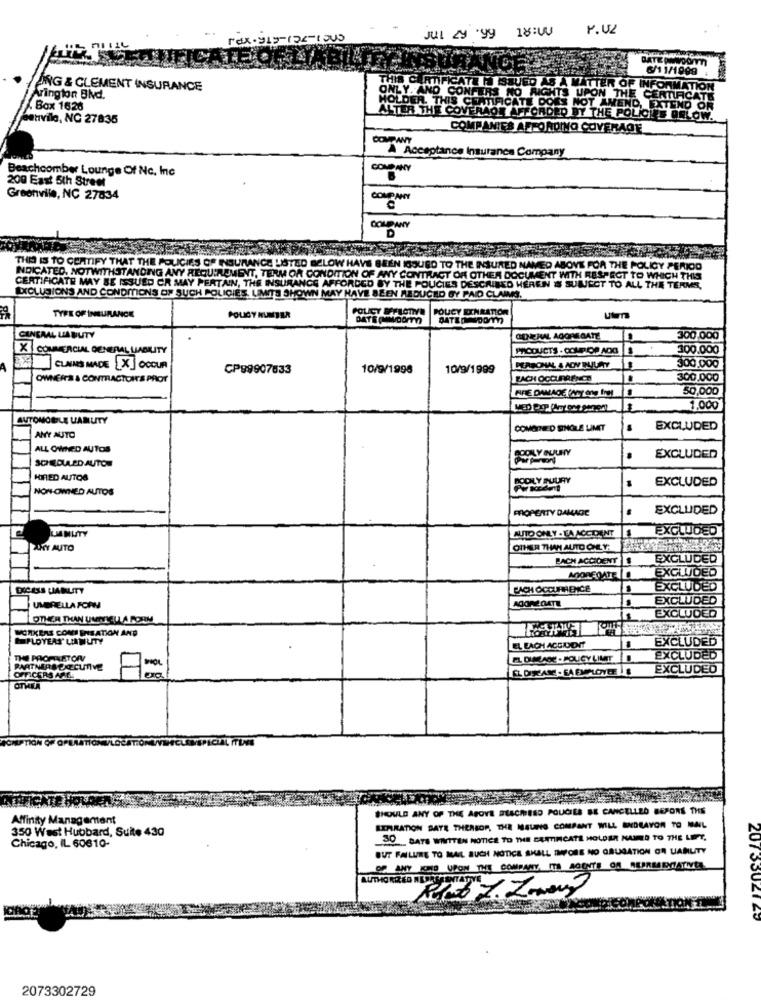
18:00
Jul 2 .yy
ATE
6/11/1999
THIS CAR
AING & CLEMENT INSURANCE
AUFICATE IN SQUED AS A MATTER OF
Arington BNd.
ONLY. AND CONFERS NO RIGHTS UPON
IFICATIE DOES NOT AN
THE
Box 1626
HOLDER. THIS CE TIFIC
batıville, NC 27835
ALTER THE COVERAOS AFFORDED BY THE POLICIE OF
COMPANIES AFFORDING COVERAGE
COMPANY
À Acceptance Insurance Company
COMPANY
Beachcomber Lounge Of Nc. Inc
200 East 5th Street
Greenvile, NC 27834
COMPANY
COMPANY
THIS IS TO CERTIFY THAT THE POLICIES OF INSURANCE LISTED BELOW HAVE BEEN ISSUED TO THE INSURED NAMED ABOVE FOR THE POLICY PERIOD
INDICATED, NOTWITHSTANDING ANY REQUIREMENT, TERM OR CONDITION OF ANY CONTRACT OF OTHER DOCUMENT WITH RESPECT TO WHICH THIS
CERTIFICATE MAY BE ISSUED CR MAY PERTAIN, THE INSURANCE AFFORDED BY THE POUCIES DESCRIBED HEREIN S SULECT TO ALL THE
DXCLUSIONS AND CONDITIONS OF SUCH POLICIES, UMTS SHOWN MAY HAVE BEEN REDUCED BY PAID CLAIMS.
POUCY EINRATION
TYPE OF INSURANCE
POLICY NUMBER
MATEOROOM
Ulm
CANCAAL LIA BUTY
GENERAL AGGREGATE
300.000
X COMMERCIAL GENERAL LIABILITY
PRODUCTS . COUR.OP ADG
300.000
CLAIMS MADE [X] OCCUR
CP99907633
10/9/1998
10/9/1999
300.000
OWNERS & CONTRACTOIT'S PROT
EACH OCCURRENCE
300.000
FIRE DAMAGE (Any ang the
50,000
1,000
AUTOMOBILE UANUTY
COMOTHEED SINGLE LIMET
EXCLUDED
AN'Y AUTO
ALL OWNED AUTOS
SCHEDULED AUTO
EXCLUDED
HIRED AUTOS
POOLY FUURY
EXCLUDED
NON-OWNED AUTOS
PROPERTY DAMAGE
EXCLUDED
EXCLUDED
LIMITY
AUTO ONLY - EA ACCIDENT
ALKY AUTO
OTHER THAN AUTO ONLY:
BACH ACCIDENTS
EXCLUDED
EXCLUDED
MOREOATE
CACH OCCURRENCE
EXCLUDED
AGGREGATE
EXCLUDED
UMBRELLA FORM
EXCLUDED
OTHER THAN UMNIELI A FORM
NOMKERS CONT ENSATION AND
PLOYEAS LIABILITY
EXCLUDED
EL EACH ACCUDIT
THE PROHAAITORV
EL DIALADE - POLICY LIMIT
EXCLUDED
PARTNERS EXECUTIVE
OFFICERS ARLI
EL DISEASE - EA EMPLOYEE | 8
EXCLUDED
OTHER
SHOULD ANY OF THE ABOVE BLACHESO POUCHES SE CANCELLED BEFORE THE
Affinity Management
EXPIRATION DATE THEREOF, THE NEUNG COMPANT WILL ENDEAVOR TO MAIL
350 West Hubbard, Suite 430
30 DATE WENN]]] ] MND TO THE Lm.
Chicago, IL 60610-
BUT FAILURE TO MAIL BUCH NOTICE SKALL THEORIE NO GRUGATION OR UABLITY
OF ANY KO UPON THE COMPANY. ITA AGENTE OA REPRESENTATIVE
207 3302120
2073302729